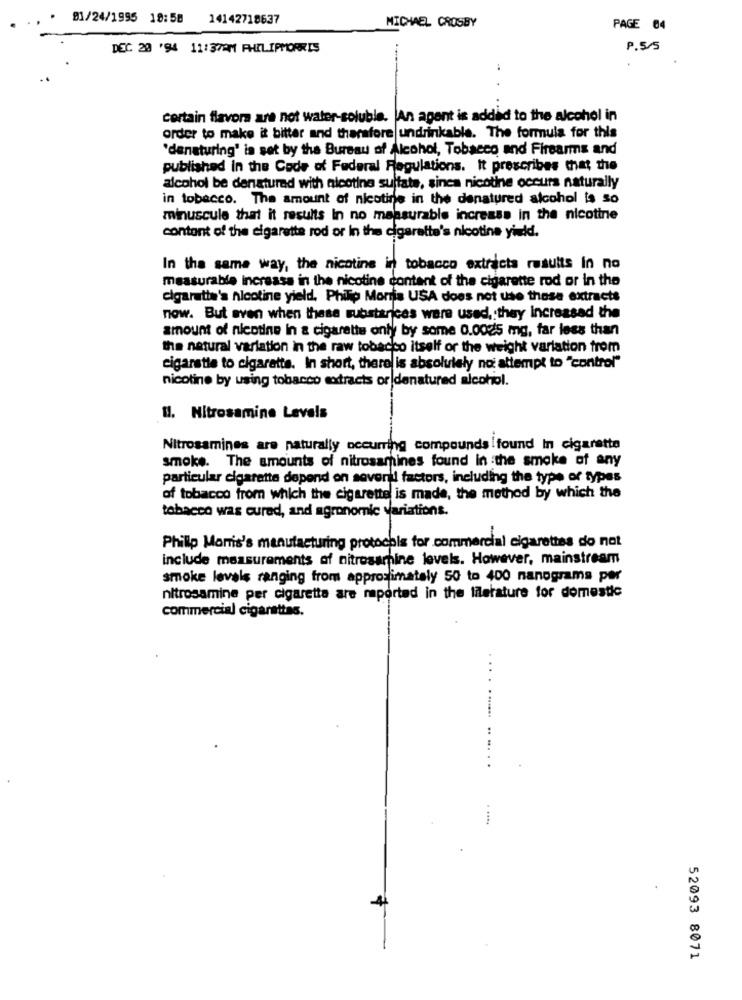
91/24/1995 18:58 14142718637
MICHAEL CROSBY
PAGE 04
DEC. 20 '94 11:3721 PHILIPMORRIS
P.5/5
certain flavors are not water-soluble. An agent is added to the alcohol in
order to make it bitter and therefore undrinkable. The formula for this
"denaturing' is set by the Bureau of Alcohol, Tobacco and Firearms and
published in the Code of Federal Regulations. It prescribes that the
alcohol be denaturad with nicotine sulfate, sinca nicotine occurs naturally
in tobacco. The amount of nicotine in the denatured alcohol is so
minuscule that it results In no measurable increase in the nicotine
content of the cigarette rod or In the cigarette's nicotine yindd.
In the same way, the nicotine in tobacco extracts results In no
measurable increase in the nicotine content of the cigarette rod or in the
cigarette's nicotine yield. Philip Morris USA does not use these extracts
now. But even when these substances were used, they Increased the
amount of nicotine in a cigarette only by some 0.0025 mg, far less than
the natural variation in the raw tobacco itself or the weight variation from
cigarette to cigarette. In short, there is absolutely no: attempt to "control"
nicotine by using tobacco extracts or denatured alcohol.
U. Nitrosamine Levels
Nitrosamines are naturally occurring compounds found In cigarette
smoke. The amounts of nitrosamines found In the smoke of any
particular cigarette depend on sovenul factors, including the type of types
of tobacco from which the cigarette is made, the method by which the
tobacco was cured, and agronomic variations.
Philip Morris's manufacturing protocols for commercial cigarettes do not
include measurements of nitrosamine levels. However, mainstream
smoke levels ranging from approximately 50 to 400 nanograms per
nitrosamine per cigarette are reported in the literature for domestic
commercial cigarettas.
52093 8071